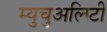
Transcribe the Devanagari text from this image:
म्युचुअलिटी